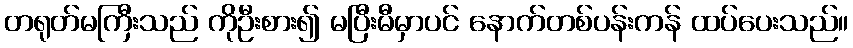
တရုတ်မကြီးသည် ကိုဦးစား၍ မပြီးမီမှာပင် နောက်တစ်ပန်းကန် ထပ်ပေးသည်။